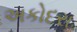
અકોદરા